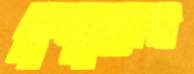
ফুজুলের